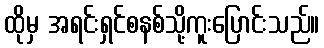
ထိုမှ အရင်းရှင်စနစ်သို့ကူးပြောင်းသည်။